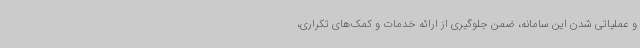
و عملیاتی شدن این سامانه، ضمن جلوگیری از ارائه خدمات و کمک‌های تکراری،